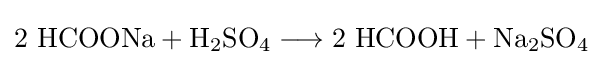
\mathrm {2\ HCOONa+H_{2}SO_{4}\longrightarrow 2\ HCOOH+Na_{2}SO_{4}}